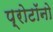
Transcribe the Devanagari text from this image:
प्रोटॉनो